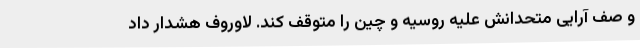
و صف آرایی متحدانش علیه روسیه و چین را متوقف کند. لاوروف هشدار داد